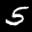
Label: 5